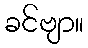
ခင်ဗျာ။